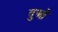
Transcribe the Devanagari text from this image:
दुओं